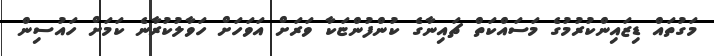
މަގުތައް ޑިޒައިންކުރުމުގެ މަސައްކަތް ޗައިނާގެ ކުންފުންޏަކާ ވަރަށް އަވަހަށް ހަވާލުކުރާނެ ކަމަށް ހައުސިން